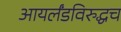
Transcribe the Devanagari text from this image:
आयर्लंडविरुद्धच